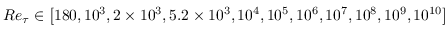
R e _ { \tau } \in \left[ 1 8 0 , 1 0 ^ { 3 } , 2 \times 1 0 ^ { 3 } , 5 . 2 \times 1 0 ^ { 3 } , 1 0 ^ { 4 } , 1 0 ^ { 5 } , 1 0 ^ { 6 } , 1 0 ^ { 7 } , 1 0 ^ { 8 } , 1 0 ^ { 9 } , 1 0 ^ { 1 0 } \right]